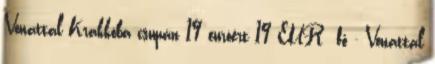
Vonattal Krakkóba csupán 19 euróért 19 EUR fő - Vonattal